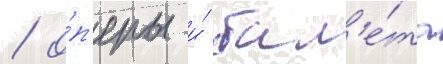
/ о́п'еры и́ бал'е́та